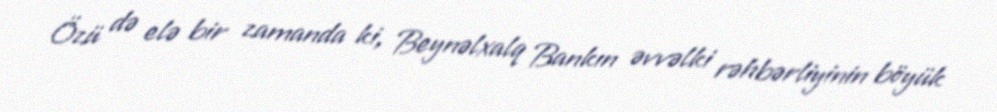
Özü də elə bir zamanda ki, Beynəlxalq Bankın əvvəlki rəhbərliyinin böyük